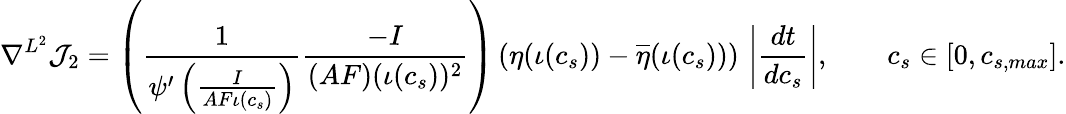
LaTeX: \nabla^{L^{2}}\mathcal{J}_{2}=\left(\frac{1}{\psi^{\prime}\left(\frac{I}{AF\iota(c_{s})}\right)}\frac{-I}{(AF)(\iota(c_{s}))^{2}}\right)\left(\eta(\iota(c_{s}))-\overline{{\eta}}(\iota(c_{s}))\right)\, \left|\frac{dt}{dc_{s}}\right|,\qquad c_{s}\in[0,c_{s,max}].